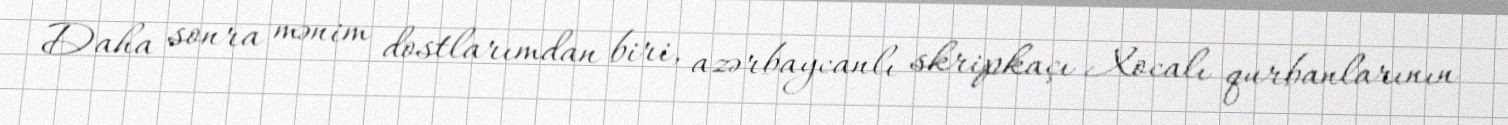
Daha sonra mənim dostlarımdan biri, azərbaycanlı skripkaçı Xocalı qurbanlarının